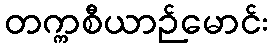
တက္ကစီယာဉ်မောင်း